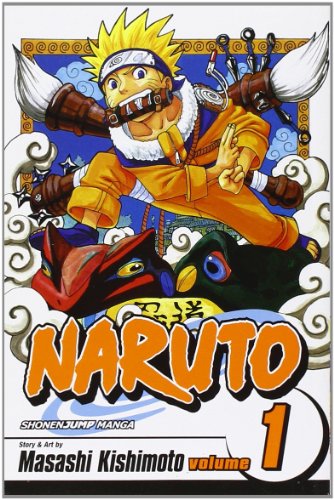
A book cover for Naruto, Vol. 1: Uzumaki Naruto; Masashi Kishimoto; Comics & Graphic Novels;